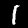
Label: 1